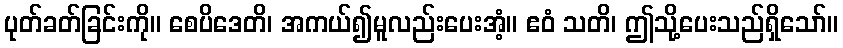
ပုတ်ခတ်ခြင်းကို။ စေပိဒေတိ၊ အကယ်၍မူလည်းပေးအံ့။ ဧဝံ သတိ၊ ဤသို့ပေးသည်ရှိသော်။